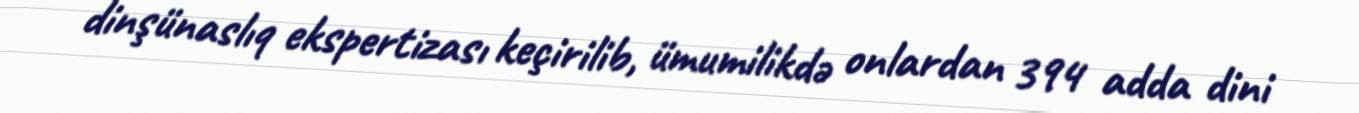
dinşünaslıq ekspertizası keçirilib, ümumilikdə onlardan 394 adda dini